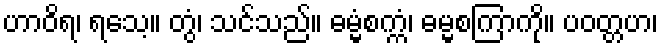
ဟာဝိရ၊ ရသေ့။ တွံ၊ သင်သည်။ ဓမ္မံစက္ကံ၊ ဓမ္မစကြာကို။ ပဝတ္တဟ၊